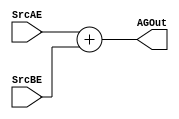
module AG(input  [31:0] SrcAE, SrcBE,output [31:0] AGOut);
	assign AGOut = SrcAE + SrcBE;
endmodule